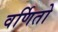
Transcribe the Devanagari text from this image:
वर्णितो